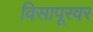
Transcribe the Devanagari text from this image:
विसापूरवर